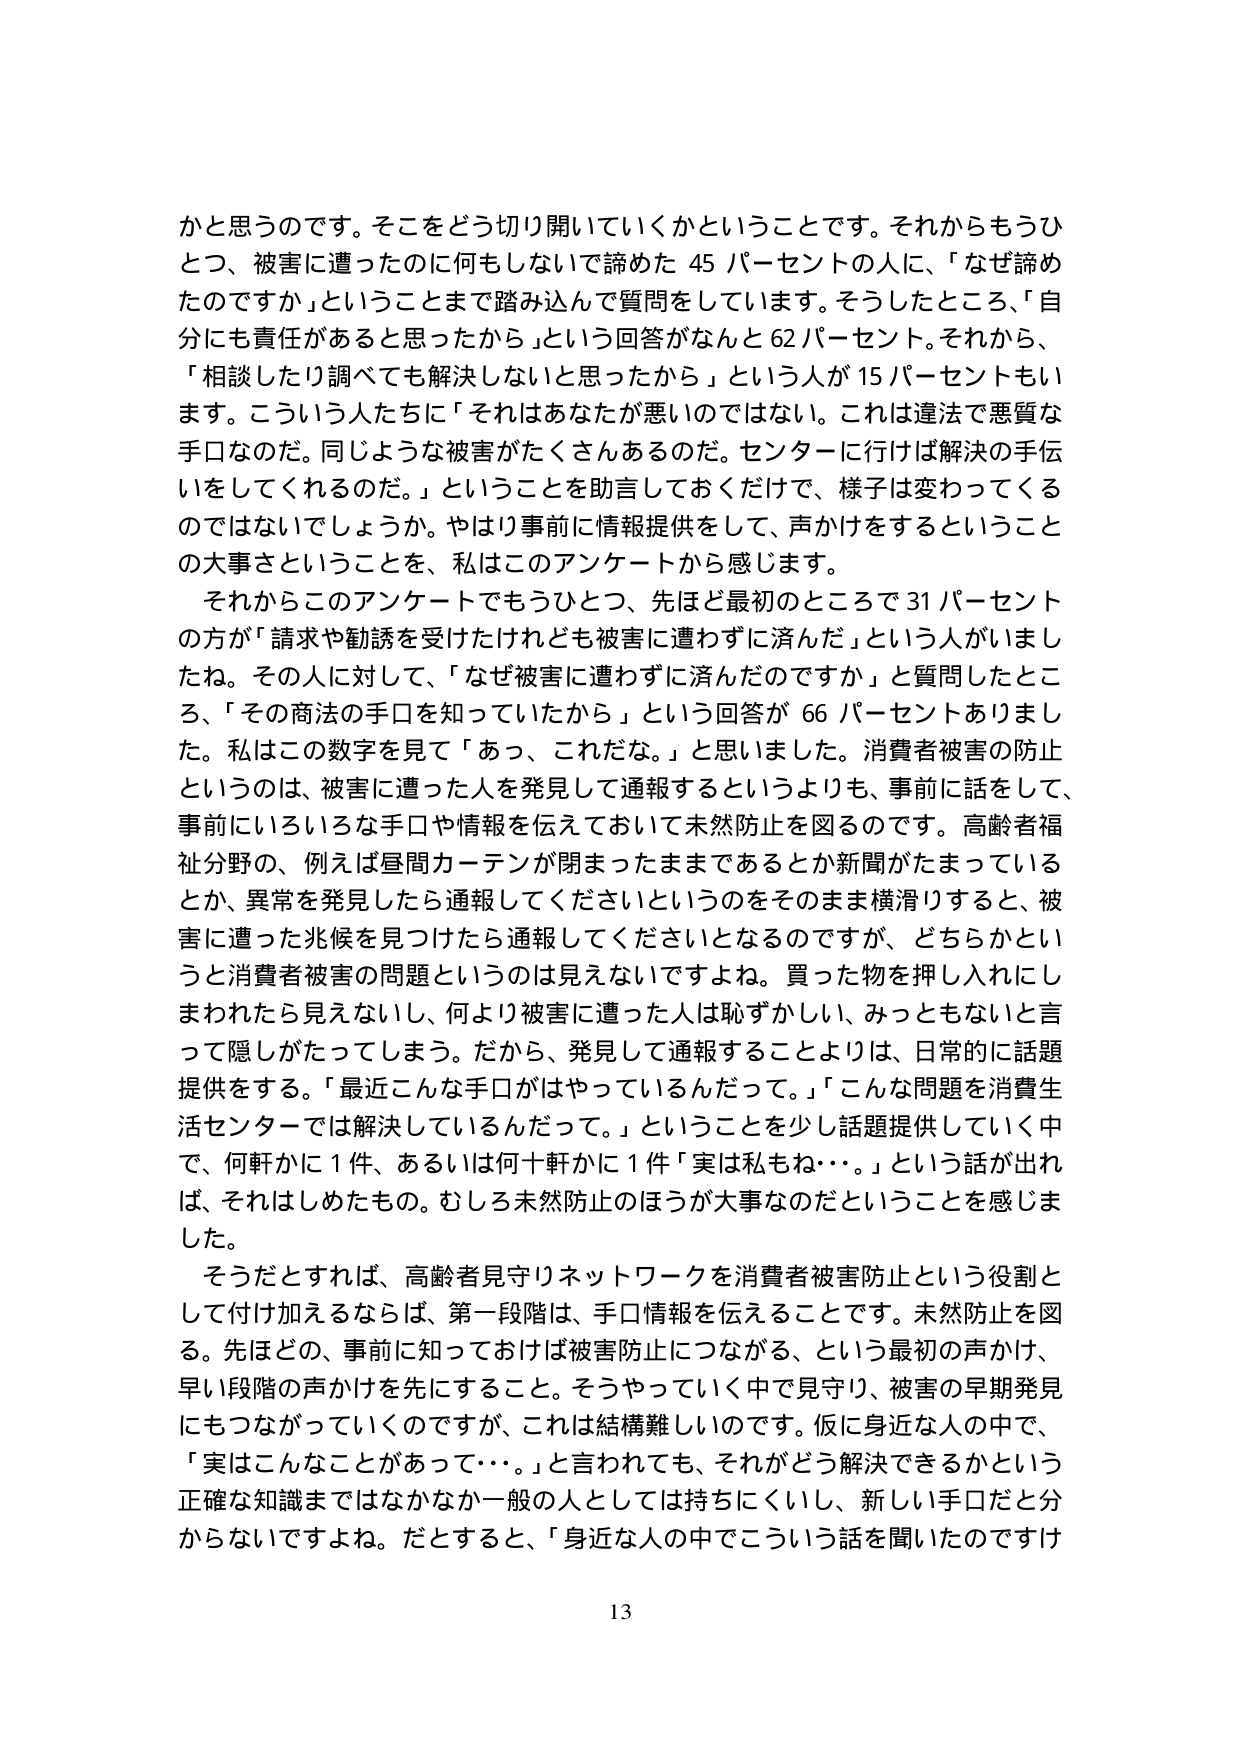
かと思うのです。そこをどう切り開いていくかということです。それからもうひとつ、被害に遭ったのに何もしないで諦めた 45 パーセントの人に、「なぜ諦めたのですか」ということまで踏み込んで質問をしています。そうしたところ、「自分にも責任があると思ったから」という回答がなんと 62 パーセント。それから、「相談したり調べても解決しないと思ったから」という人が 15 パーセントもいます。こういう人たちに「それはあなたが悪いのではない。これは違法で悪質な手口なのだ。同じような被害がたくさんあるのだ。センターに行けば解決の手伝いをしてくれるのだ。」ということを助言しておくだけで、様子は変わってくるのではないでしょうか。やはり事前に情報提供をして、声かけをするということの大事さということを、私はこのアンケートから感じます。

それからこのアンケートでもうひとつ、先ほど最初のところで 31 パーセントの方が「請求や勧誘を受けたけれども被害に遭わずに済んだ」という人がいましたね。その人に対して、「なぜ被害に遭わずに済んだのですか」と質問したところ、「その商法の手口を知っていたから」という回答が 66 パーセントありました。私はこの数字を見て「あっ、これだな。」と思いました。消費者被害の防止というのは、被害に遭った人を発見して通報するというよりも、事前に話をして、事前にいろいろな手口や情報を伝えておいて未然防止を図るのです。高齢者福祉分野の、例えば昼間カーテンが閉まったままであるとか新聞がたまっているとか、異常を発見したら通報してくださいというのをそのまま横滑りすると、被害に遭った兆候を見つけたら通報してくださいとなるのですが、どちらかというと消費者被害の問題というのは見えないですよね。買った物を押し入れにしまわれたら見えないし、何より被害に遭った人は恥ずかしい、みっともないと言って隠しがたってしまう。だから、発見して通報することよりは、日常的に話題提供をする。「最近こんな手口がはやっているんだって。」「こんな問題を消費生活センターでは解決しているんだって。」ということを少し話題提供していく中で、何軒かに 1 件、あるいは何十軒かに 1 件「実は私もね・・・。」という話が出れば、それはしめたもの。むしろ未然防止のほうが大事なのだということを感じました。

そうだとすれば、高齢者見守りネットワークを消費者被害防止という役割として付け加えるならば、第一段階は、手口情報を伝えることです。未然防止を図る。先ほどの、事前に知っておけば被害防止につながる、という最初の声かけ、早い段階の声かけを先にすること。そうやっていく中で見守り、被害の早期発見にもつながっていくのですが、これは結構難しいのです。仮に身近な人の中で、「実はこんなことがあって・・・。」と言われても、それがどう解決できるかという正確な知識まではなかなか一般の人としては持ちにくいし、新しい手口だと分からないですよね。だとすると、「身近な人の中でこういう話を聞いたのですけ

13